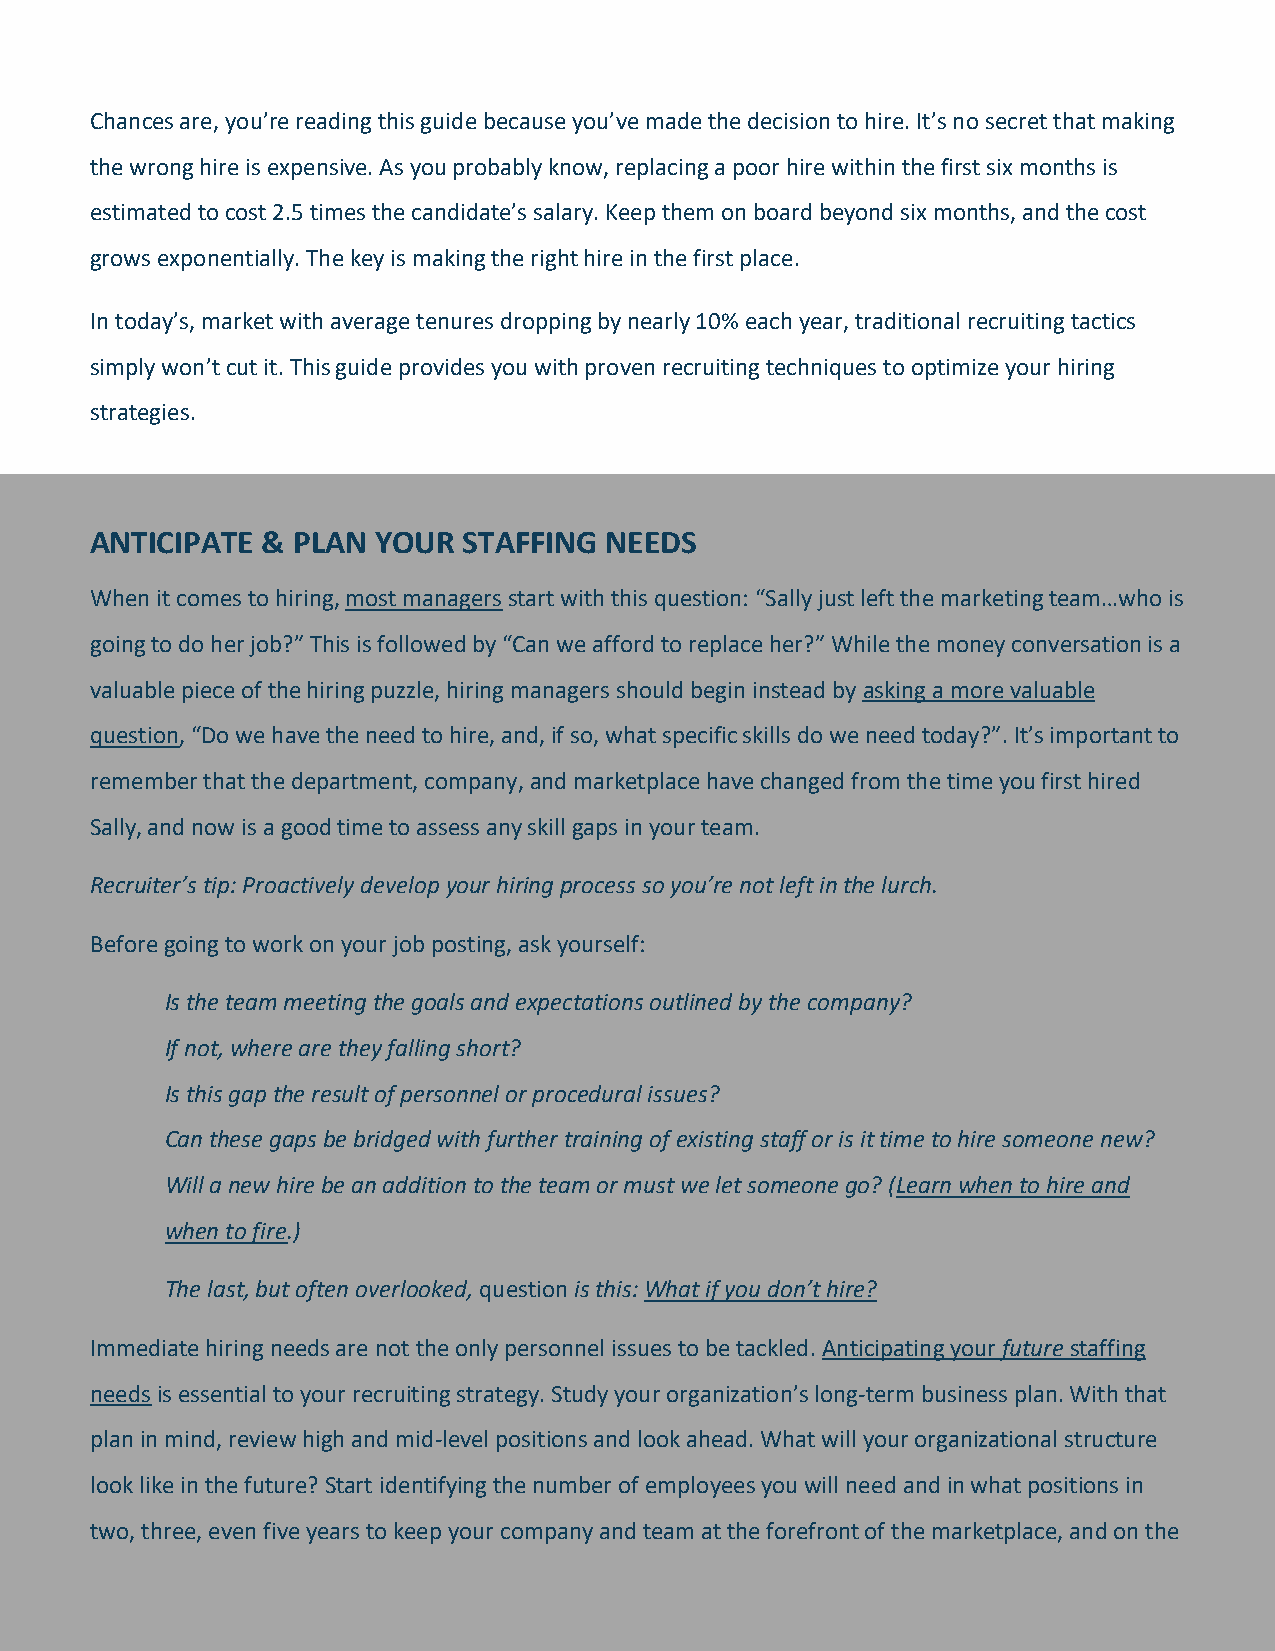
Chances are, you’re reading this guide because you’ve made the decision to hire. It’s no secret that making
 the wrong hire is expensive. As you probably know, replacing a poor hire within the first six months is
 estimated to cost 2.5 times the candidate’s salary. Keep them on board beyond six months, and the cost
 grows exponentially. The key is making the right hire in the first place.
 In today’s, market with average tenures dropping by nearly 10% each year, traditional recruiting tactics
 simply won’t cut it. This guide provides you with proven recruiting techniques to optimize your hiring
 strategies.
 ANTICIPATE & PLAN  YOUR  STAFFING NEEDS
 When it comes to hiring, most managers start with this question: “Sally just left the marketing team…who is
 going to do her job?” This is followed by “Can we afford to replace her?” While the money conversation is a
 valuable piece of the hiring puzzle, hiring managers should begin instead by asking a more valuable
 question, “Do we have the need to hire, and, if so, what specific skills do we need today?”. It’s important to
 remember that the department, company, and marketplace have changed from the time you first hired
 Sally, and now is a good time to assess any skill gaps in your team.
 Recruiter’s tip: Proactively develop your hiring process so you’re not left in the lurch.
 Before going to work on your job posting, ask yourself:
 Is the team meeting the goals and expectations outlined by the company?
 If not, where are they falling short?
 Is this gap the result of personnel or procedural issues?
 Can these gaps be bridged with further training of existing staff or is it time to hire someone new?
 Will a new hire be an addition to the team or must we let someone go? (Learn when to hire and
 when to fire.)
 The last, but often overlooked, question is this: What if you don’t hire?
 Immediate hiring needs are not the only personnel issues to be tackled. Anticipating your future staffing
 needs is essential to your recruiting strategy. Study your organization’s long-term business plan. With that
 plan in mind, review high and mid-level positions and look ahead. What will your organizational structure
 look like in the future? Start identifying the number of employees you will need and in what positions in
 two, three, even five years to keep your company and team at the forefront of the marketplace, and on the